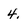
Character: 4